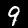
Label: 9